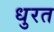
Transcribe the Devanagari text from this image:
धुरत